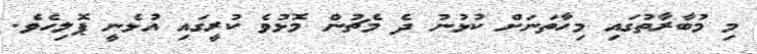
މި މުބާރާތުގައި މިހާތަނަށް ކުޅުނު ދެ މެޗުން މޮޅުވެ ކުރީގައި އުޅެނީ ޕޮލިހެވެ.